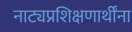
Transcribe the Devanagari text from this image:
नाट्यप्रशिक्षणार्थींना